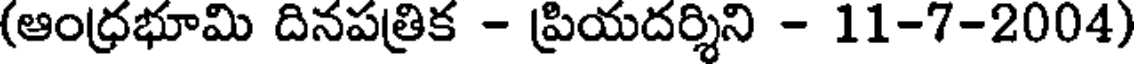
(ఆంధ్రభూమి దినపత్రిక - ప్రియదర్శిని - 11-7-2004)